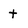
Character: t